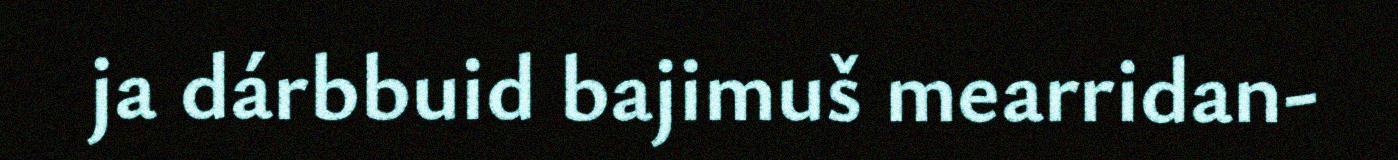
ja dárbbuid bajimuš mearridan-